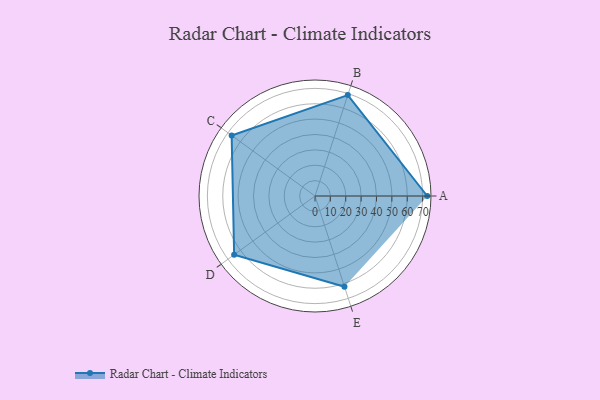
{"axis": {"x": "Skill", "y": "Score"}, "legend": ["Profile"], "data": [{"x": "A", "y": 73.0, "type": "Profile"}, {"x": "B", "y": 69.0, "type": "Profile"}, {"x": "C", "y": 67.0, "type": "Profile"}, {"x": "D", "y": 65.0, "type": "Profile"}, {"x": "E", "y": 62.0, "type": "Profile"}]}